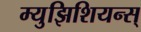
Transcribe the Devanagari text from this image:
म्युझिशियन्स्